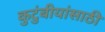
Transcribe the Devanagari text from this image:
कुटुंबीयांसाठी